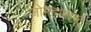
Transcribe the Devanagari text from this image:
जोमहाराष्ट्र